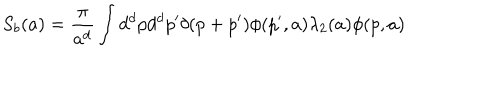
LaTeX: S _ { b } ( a ) = \frac { \pi } { a ^ { d } } \int d ^ { d } p d ^ { d } p ^ { \prime } \delta ( p + p ^ { \prime } ) \phi ( p ^ { \prime } , a ) \lambda _ { 2 } ( a ) \phi ( p , a )